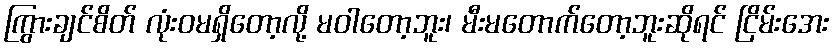
ကြွားချင်စိတ် လုံးဝမရှိတော့လို့ မဝါတော့ဘူး၊ မီးမတောက်တော့ဘူးဆိုရင် ငြိမ်းအေး